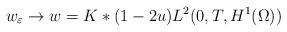
LaTeX: \begin{align*}w_{\varepsilon}\rightarrow w=K\ast(1-2u)L^{2}(0,T,H^{1}(\Omega)) \end{align*}